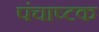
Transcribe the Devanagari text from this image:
पंचाष्टक